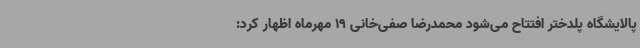
پالایشگاه پلدختر افتتاح می‌شود محمدرضا صفی‌خانی 19 مهرماه اظهار کرد: